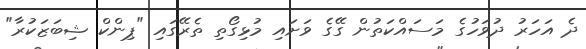
ދެ އަހަރު ދުވަހުގެ މަސައްކަތުން ގޭގެ ވަށައި މުޅިގޯތި ތެރޭގައި "ޕިންކް ޝިބަޒަކުރާ"